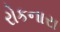
રોકનારા